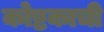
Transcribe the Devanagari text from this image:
कोष्टकाची